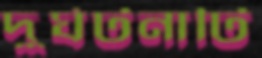
দুর্ঘটনাটি